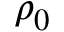
\rho _ { 0 }